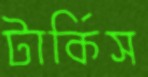
টার্কিস